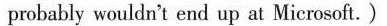
probably wouldn't end up at Microsoft.)